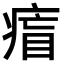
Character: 𤷐